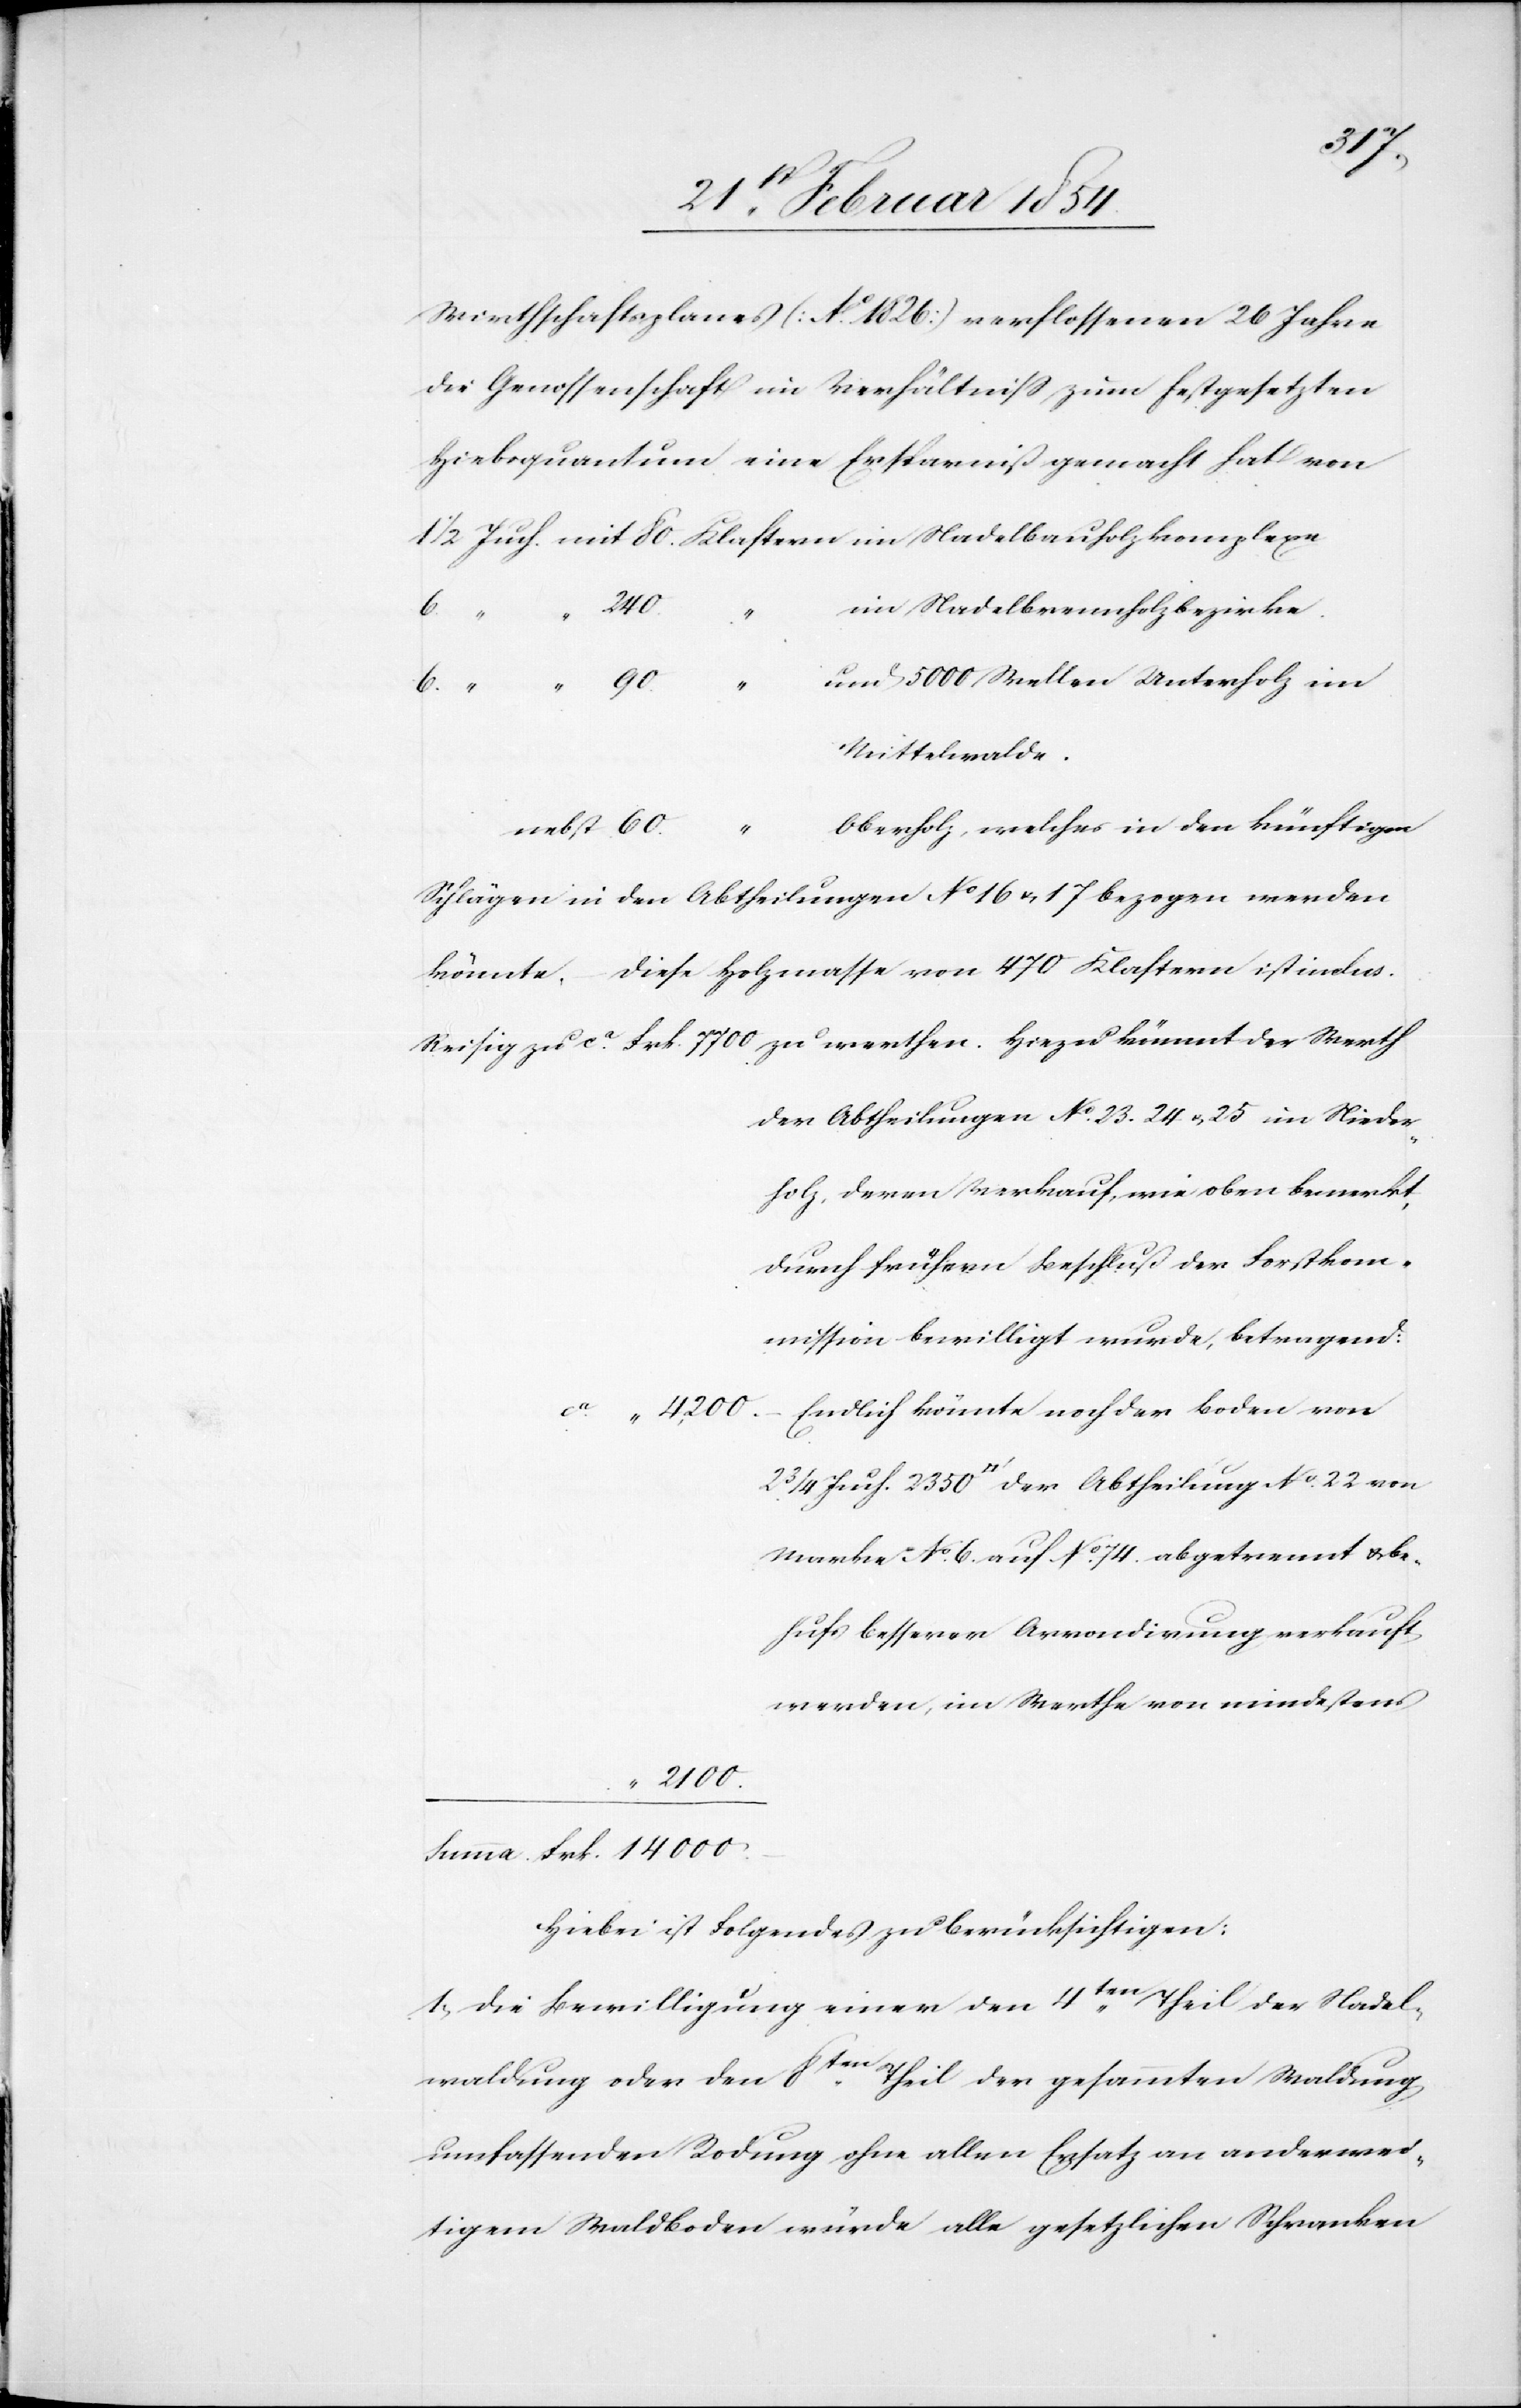
2350.
Wirthschaftsplanes (Ao 1826) verflossenen 26 Jahren
die Genossenschaft im Verhältniß zum festgesetzten
Hiebequantum eine Ersparniß gemacht hat von
000.–
„
und 5000 Wellen Unterholz im
Mittelwalde.
Oberholz, welches in den künftigen
nebst 60.
könnte, – diese Holzmasse von 470 Klastern ist inclus.
Reisig zu ca Frk. 7700. zu werthen. Hiezu kömmt der Werth
der Abtheilungen No 23.[,] 24 u. 25 im Nieder¬
holz, deren Verkauf wie oben bemerkt,
durch frühern Beschluß der Forstkom¬
mission bewilligt wurde, betragend:
Endlich könnte noch der Boden von
[Quadratfuss] der Abtheilung No 22. von
Marke No 6. auf No 74. abgetrennt be¬
hufs besserer Arrondirung verkauft
werden, im Werthe von mindestens
Hiebei ist Folgendes zu berücksichtigen:
1. Die Bewilligung einer den 4ten Theil der Nadel¬
2
waldung oder den 8ten Theil der gesammten Waldung
umfassenden Rodung ohne allen Ersatz an anderwei¬
tigem Waldboden würde alle gesetzlichen Schranken